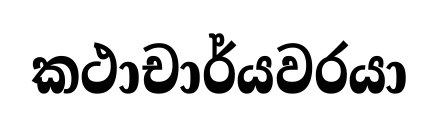
කථාචාර්යවරයා